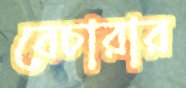
বেচারার